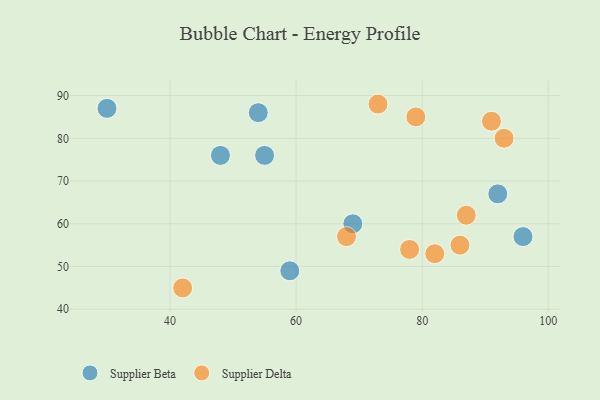
{"axis": {"x": "GDP", "y": "Life Expectancy"}, "legend": ["Supplier Beta", "Supplier Delta"], "data": [{"x": "92", "y": 67, "type": "Supplier Beta"}, {"x": "55", "y": 76, "type": "Supplier Beta"}, {"x": "54", "y": 86, "type": "Supplier Beta"}, {"x": "96", "y": 57, "type": "Supplier Beta"}, {"x": "69", "y": 60, "type": "Supplier Beta"}, {"x": "48", "y": 76, "type": "Supplier Beta"}, {"x": "59", "y": 49, "type": "Supplier Beta"}, {"x": "30", "y": 87, "type": "Supplier Beta"}, {"x": "73", "y": 88, "type": "Supplier Delta"}, {"x": "68", "y": 57, "type": "Supplier Delta"}, {"x": "91", "y": 84, "type": "Supplier Delta"}, {"x": "87", "y": 62, "type": "Supplier Delta"}, {"x": "42", "y": 45, "type": "Supplier Delta"}, {"x": "78", "y": 54, "type": "Supplier Delta"}, {"x": "79", "y": 85, "type": "Supplier Delta"}, {"x": "86", "y": 55, "type": "Supplier Delta"}, {"x": "82", "y": 53, "type": "Supplier Delta"}, {"x": "93", "y": 80, "type": "Supplier Delta"}]}